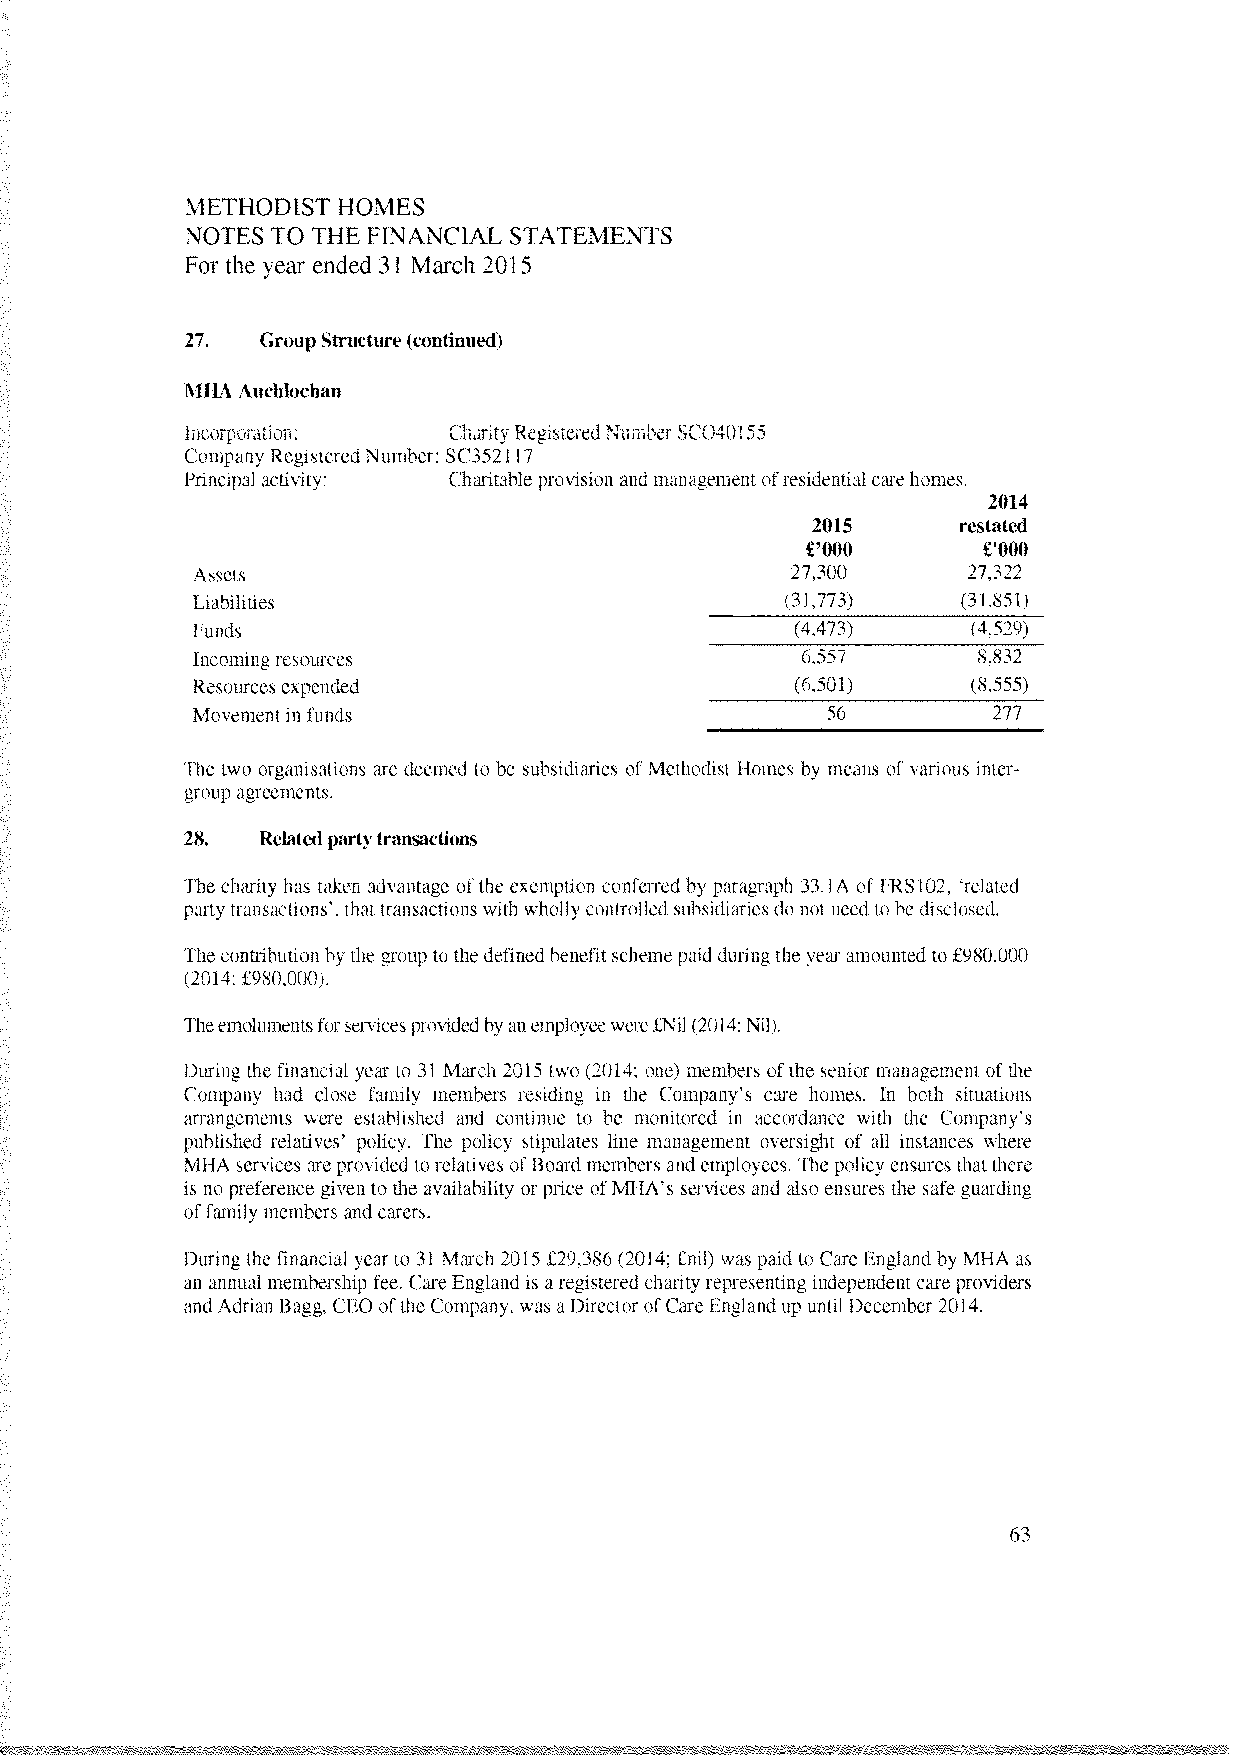
METHODIST HOMES
 NOTES TO THE FINANCIAL STATEMENTS
 For the year ended 31 March 2015
 27.  GroupStructure(continued)
 MIIA Auchiochan
 Incorporation:    Charity RegisteredNumber SCO4O155
 Company RegisteredNumber: SC352117
 Principal activity: Charitable proision and management ofresidentialcarehomes.
 2014
 2015     restated
 £‘OOO       £‘OOO
 Assets                                 27,300      27,322
 Liabilities                            (31,773)    (31,851)
 Funds                                   (4,473)    (4.529)
 Incomingresources                       6.557       8,832
 Resources expended                      (6,501)    (8,555)
 Movement in funds                         56         277
 The two organisations are deemed to be subsidiaries of Methodist Homes by means of various inter
 group agreements.
 28.  Relatedpart3 transactions
 ihe charity has taken adantage of the exemption conferred by paragraph 33.1A of IRS102, ‘related
 party transactions’, that transactions with sholly controlled subsidiaries do not need to he disclosed.
 The contribution by the group to thedefinedbenefit schemepaid during the year amountedto £980,000
 (2014: £980,000).
 Theemolumentsforservicesprosidedbyan employeewere£Nil (2014: Nil).
 During the financial year to 31 March 2015 two (2014; one) members ofthe senior management of the
 Company had close family members residing in the Company’s care homes. In both situations
 arrangements sere established and continue to be monitored in accordance with the Company’s
 published relatives’ policy. The policy stipulates line management oversight of all instances where
 MHA services areprovided to relatives ofBoard members and employees. The policy ensures that there
 is no preference given to the arailahility or price ofMIIA’s services and also ensures the safe guarding
 offamily members and carers.
 During the financial year to 31 March 2015 £29,386 (2014; £nil) was paid to Care EnglandbyMHA as
 an annual membership fee. Care Englandis aregistered charity representing independent care providers
 and Adrian Bagg. CEO ofthe Company, was aDirectorofCareEngland up untilDecember 2014.
 63